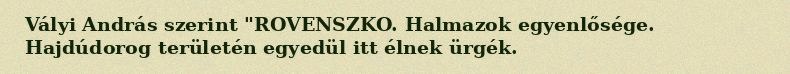
Vályi András szerint "ROVENSZKO. Halmazok egyenlősége. Hajdúdorog területén egyedül itt élnek ürgék.